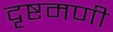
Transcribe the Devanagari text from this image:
दृष्टमणी